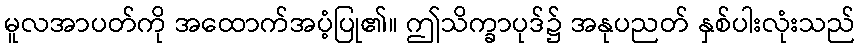
မူလအာပတ်ကို အထောက်အပံ့ပြု၏။ ဤသိက္ခာပုဒ်၌ အနုပညတ် နှစ်ပါးလုံးသည်